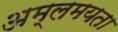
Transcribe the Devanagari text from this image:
अम्लमयता